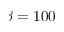
\beta = 1 0 0